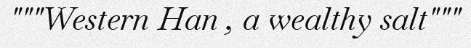
"""Western Han , a wealthy salt"""